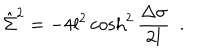
\hat { \Sigma } ^ { 2 } = - 4 l ^ { 2 } \cosh ^ { 2 } { \frac { \Delta \sigma } { 2 l } } ~ ~ .